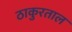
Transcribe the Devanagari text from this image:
ठाकुरताल